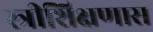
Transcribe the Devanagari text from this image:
स्त्रीशिक्षणास